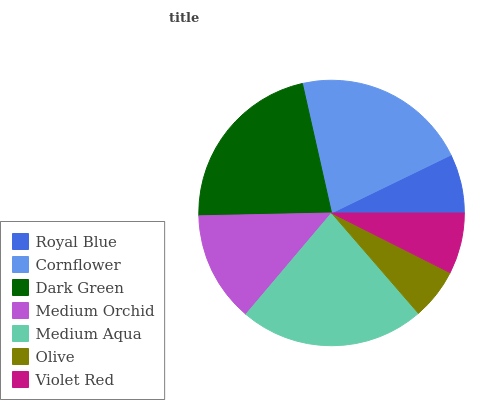
| Royal Blue | Cornflower | Dark Green | Medium Orchid | Medium Aqua | Olive | Violet Red |
 | --- | --- | --- | --- | --- | --- | --- |
 | 7.19% | 21.3% | 21.8% | 13.5% | 22.6% | 6.22% | 7.41% |